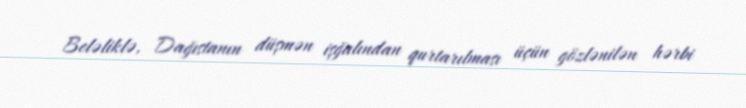
Beləliklə, Dağıstanın düşmən işğalından qurtarılması üçün gözlənilən hərbi